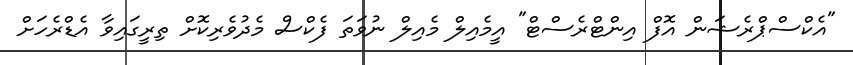
"އެކްސްޕްރެޝަން އޮފް އިންޓްރެސްޓް" އީމެއިލް މެއިލް ނުވަތަ ފެކްސް މެދުވެރިކޮށް ތިރީގައިވާ އެޑްރެހަށް